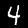
Digit: 4